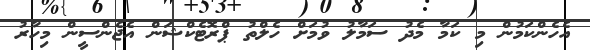
އެހެންކަމުން މި ކަމާ މެދު ސަމާލު ވުމަށް ހެލްތު ޕްރޮޓެކްޝަން އެޖެންސީން މިހާރު